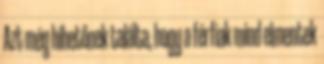
Azt még hihetőnek találta, hogy a férfiak mind elmentek